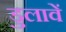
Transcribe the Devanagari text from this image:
डुलावें